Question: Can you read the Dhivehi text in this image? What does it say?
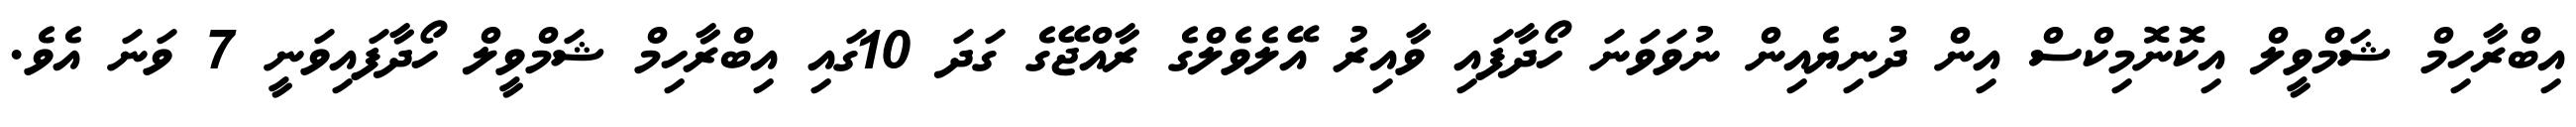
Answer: އިބްރާހިމް ޝަމްވީލް އިކޮނޮމިކްސް އިން ދުނިޔެއިން ނުވަވަނަ ހޯދާފައި ވާއިރު އޭލެވެލްގެ ރާއްޖޭގެ ގަދަ 10ގައި އިބްރާހިމް ޝަމްވީލް ހޯދާފައިވަނީ 7 ވަނަ އެވެ.